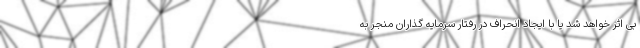
بی اثر خواهد شد یا با ایجاد انحراف در رفتار سرمایه گذاران منجر به